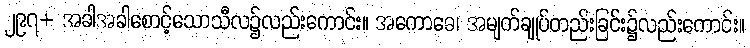
၂၉၇+ အခါအခါစောင့်သောသီလ၌လည်းကောင်း။ အကောဓေ၊ အမျက်ချုပ်တည်းခြင်း၌လည်းကောင်း။